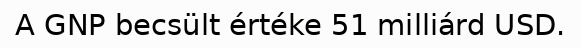
A GNP becsült értéke 51 milliárd USD.